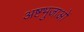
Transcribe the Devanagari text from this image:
अष्टभुजाओं